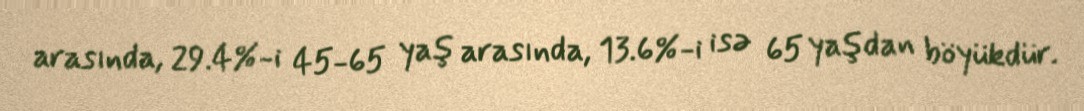
arasında, 29.4%-i 45-65 yaş arasında, 13.6%-i isə 65 yaşdan böyükdür.